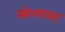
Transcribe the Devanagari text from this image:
सोळापट